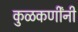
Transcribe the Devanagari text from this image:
कुळकर्णींनी